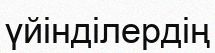
үйінділердің